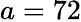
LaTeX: a=72